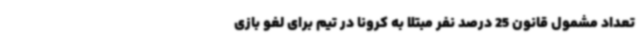
تعداد مشمول قانون 25 درصد نفر مبتلا به کرونا در تیم برای لغو بازی